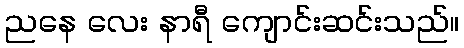
ညနေ လေး နာရီ ကျောင်းဆင်းသည်။